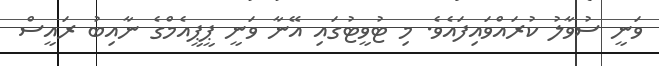
ވަނީ ސުވާލު ކުރައްވައިފައެވެ. މި ޓުވީޓުގައި އޭނާ ވަނީ ޕީޕީއެމްގެ ނާއިބު ރައީސް